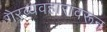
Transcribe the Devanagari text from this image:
गैरव्यवहारावरून